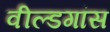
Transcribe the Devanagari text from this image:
वील्डगांस